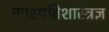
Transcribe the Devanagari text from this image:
वनस्पतिशास्त्रज्ञ